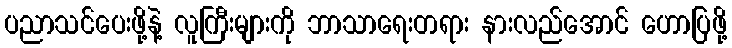
ပညာသင်ပေးဖို့နဲ့ လူကြီးများကို ဘာသာရေးတရား နားလည်အောင် ဟောပြဖို့